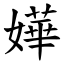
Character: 嬅